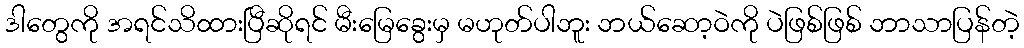
ဒါတွေကို အရင်သိထားပြီဆိုရင် မီးမြေခွေးမှ မဟုတ်ပါဘူး ဘယ်ဆော့ဝဲကို ပဲဖြစ်ဖြစ် ဘာသာပြန်တဲ့